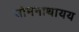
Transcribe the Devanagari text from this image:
सोमनाथायय